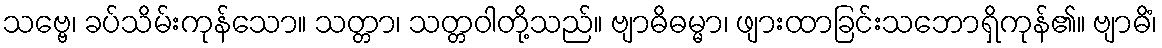
သဗ္ဗေ၊ ခပ်သိမ်းကုန်သော။ သတ္တာ၊ သတ္တဝါတို့သည်။ ဗျာဓိဓမ္မာ၊ ဖျားထာခြင်းသဘောရှိကုန်၏။ ဗျာဓိံ၊